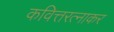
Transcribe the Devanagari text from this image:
कवित्तरत्नाकर